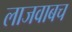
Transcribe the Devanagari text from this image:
लाजवाबच